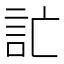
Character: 𲁣